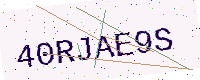
Text: 40RJAE9S